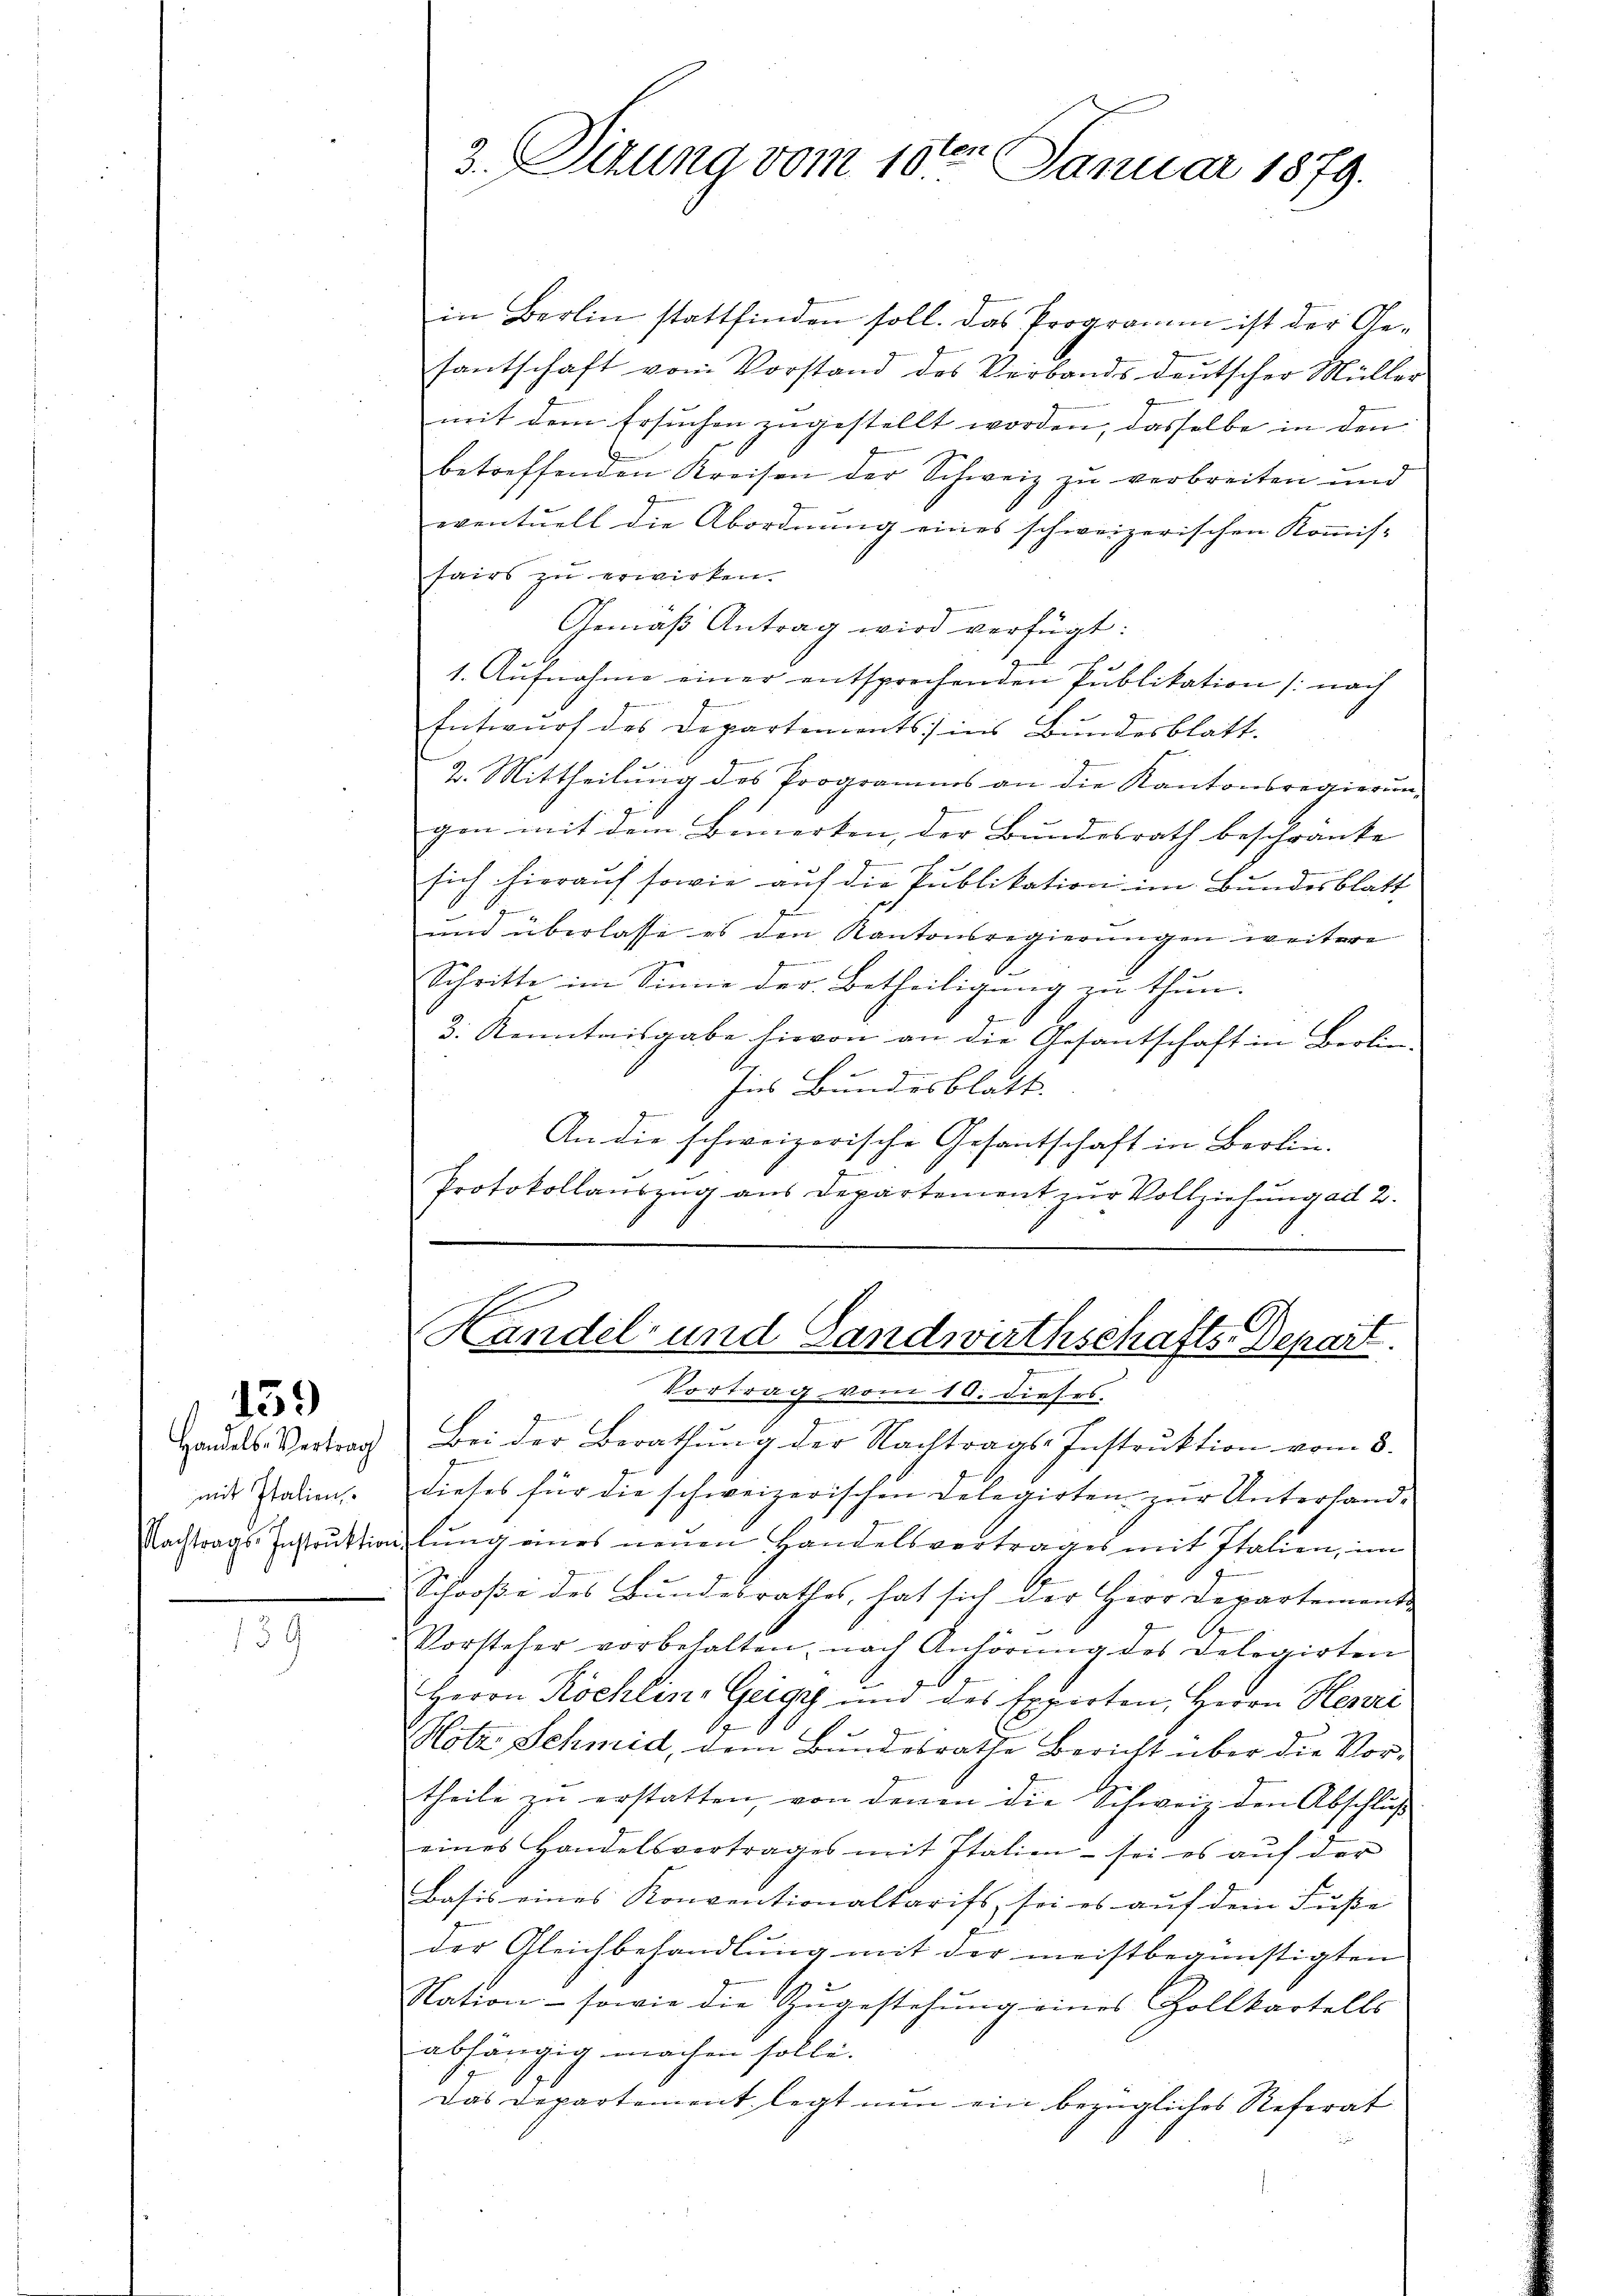
mit Italien,

139

39

3. Sizung vom 10ten Januar 1879.

in Berlin stattfinden soll. Das Programm ist der Ge-
santschaft vom Vorstand des Verbands deutscher Müller
mit dem Ersuchen zugestellt worden, dasselbe in den |
betreffenden Kreisen der Schweiz zu verbreiten und
eventuell die Abordnung eines schweizerischen Kommis-
sairs zu erwirken.
Gemäß Antrag wird verfügt:
1. Aŭfnahme einer entsprechenden Publikation (nach
Entwurf des Departements ins Bundesblatt.
2. Mittheilung des Programms an die Kantonsregierung
gen mit dem Bemerken, der Bundesrath beschränke |
sich hierauf sowie auf die Publikation im Bundesblatt
t
und überlasse es den Kantonsregierungen weitere
Schritte im Sinne der Betheiligung zu thun.
3. Kenntnisgabe hievon an die Gesantschaft in Berlin-
E
Ins Bundesblatt.
An die schweizerische Gesantschaft in Berlin.
Protokollauszug aus Departement zur Vollziehung ad 2.

E
Handel- und Landwirthschafts-Depart
Vortrag vom 10. dieses.

Handels-Vertrag Bei der Berathŭng der Nachtrags-Instrŭktion vom 8.
dieses für die schweizerischen Delegirten zur Unterhand¬
Nachtrags-Instruktionslŭng eines neŭen Handelsvertrages mit Italien, im
1
Schooße des Bundesrathes, hat sich der Herr Departements
2
Vorsteher vorbehalten, nach Anhörung des Delegirten
Herrn Köchlin, Geigy und des Experten, Herrn Henri
Hotz Schmid, dem Bundesrathe Bericht über die Vortheile zu erstatten, von denen die Schweiz den Abschluß
eines Handelsvertrages mit Italien - sei es aŭf der
Basis eines Konventionaltarifs, sei es aŭf dem Fuße
.
der Gleichbehandlung mit der meistbegünstigten
Nation - sowie die Zugestehung eines Zollkartells
abhängig machen solle.
Das Departement legt nun ein bezügliches Referat